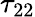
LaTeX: \tau_{22}